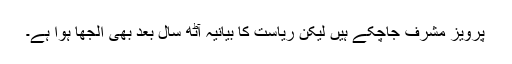
پرویز مشرف جاچکے ہیں لیکن ریاست کا بیانیہ آٹھ سال بعد بھی الجھا ہوا ہے۔